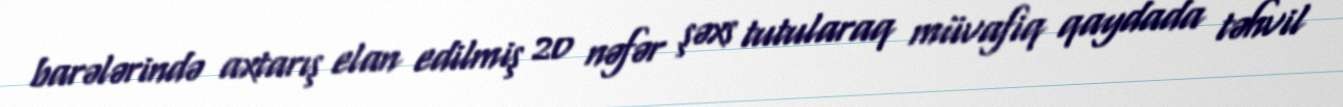
barələrində axtarış elan edilmiş 20 nəfər şəxs tutularaq müvafiq qaydada təhvil